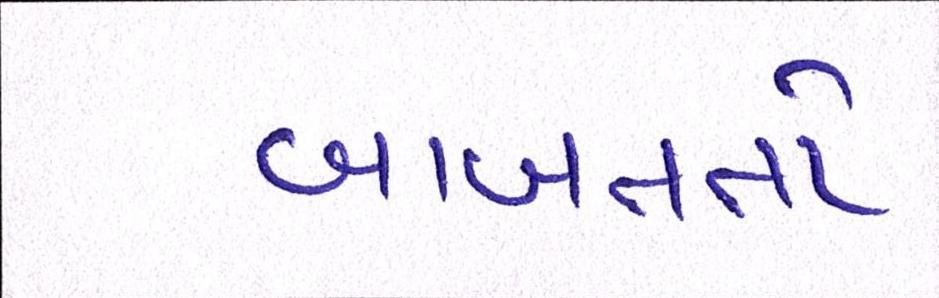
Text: બાબતતો